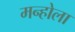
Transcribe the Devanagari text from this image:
मन्होला